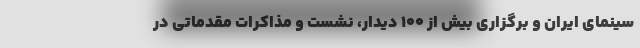
سینمای ایران و برگزاری بیش از ۱۰۰ دیدار، نشست و مذاکرات مقدماتی در